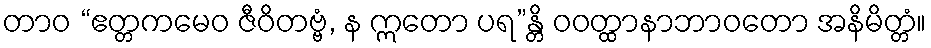
တာဝ “ဧတ္တကမေဝ ဇီဝိတဗ္ဗံ, န ဣတော ပရ”န္တိ ဝဝတ္ထာနာဘာဝတော အနိမိတ္တံ။